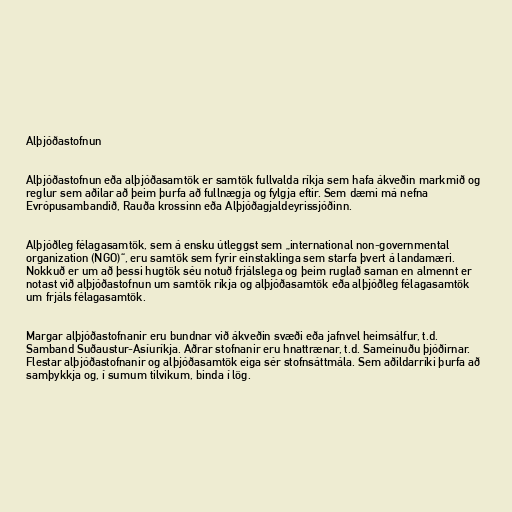
Alþjóðastofnun

Alþjóðastofnun eða alþjóðasamtök er samtök fullvalda ríkja sem hafa ákveðin markmið og
reglur sem aðilar að þeim þurfa að fullnægja og fylgja eftir. Sem dæmi má nefna
Evrópusambandið, Rauða krossinn eða Alþjóðagjaldeyrissjóðinn.

Alþjóðleg félagasamtök, sem á ensku útleggst sem „international non-governmental
organization (NGO)“, eru samtök sem fyrir einstaklinga sem starfa þvert á landamæri.
Nokkuð er um að þessi hugtök séu notuð frjálslega og þeim ruglað saman en almennt er
notast við alþjóðastofnun um samtök ríkja og alþjóðasamtök eða alþjóðleg félagasamtök
um frjáls félagasamtök.

Margar alþjóðastofnanir eru bundnar við ákveðin svæði eða jafnvel heimsálfur, t.d.
Samband Suðaustur-Asíuríkja. Aðrar stofnanir eru hnattrænar, t.d. Sameinuðu þjóðirnar.
Flestar alþjóðastofnanir og alþjóðasamtök eiga sér stofnsáttmála. Sem aðildarríki þurfa að
samþykkja og, í sumum tilvikum, binda í lög.